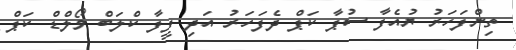
ތިންފަހަރު ޔުއެފާ ސުޕާ ކަޕް ދެފަހަރު އަދި ފީފާ ކްލަބް ވޯލްޑް ކަޕް